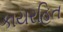
કાયરહિત